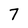
Character: 7